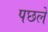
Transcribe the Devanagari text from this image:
पछले